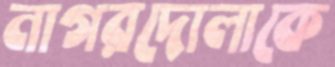
নাগরদোলাকে